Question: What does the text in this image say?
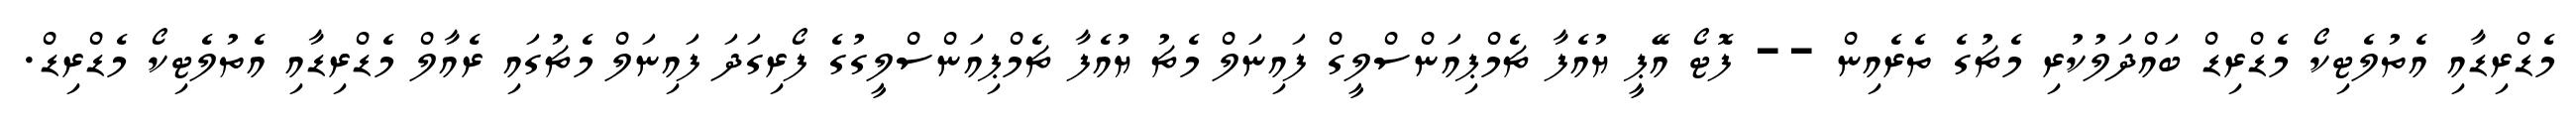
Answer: މެޑްރިޑާއި އެތުލެޓިކޯ މެޑްރިޑް ބައްދަލުކުރި މެޗުގެ ތެރެއިން -- ފޮޓޯ އޭޕީ ޔުއެފާ ޗެމްޕިއަންސްލީގް ފައިނަލް މެޗު ޔުއެފާ ޗެމްޕިއަންސްލީގުގެ ފޯރިގަދަ ފައިނަލް މެޗުގައި ރެއާލް މެޑްރިޑާއި އެތުލެޓިކޯ މެޑްރިޑް.